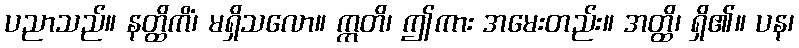
ပညာသည်။ နတ္ထိကိံ၊ မရှိသလော။ ဣတိ၊ ဤကား အမေးတည်း။ အတ္ထိ၊ ရှိ၏။ ပန၊